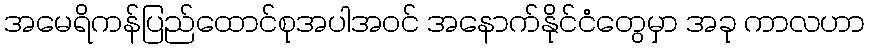
အမေရိကန်ပြည်ထောင်စုအပါအဝင် အနောက်နိုင်ငံတွေမှာ အခု ကာလဟာ